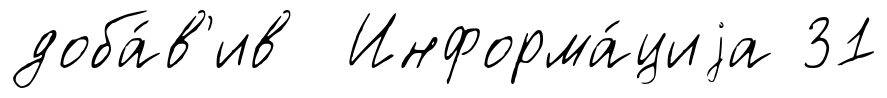
доба́в'ив Информа́циjа 31